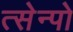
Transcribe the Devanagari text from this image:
त्सेन्पो